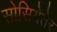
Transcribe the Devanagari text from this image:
सोसियेतेर